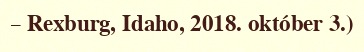
– Rexburg, Idaho, 2018. október 3.)